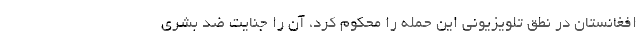
افغانستان در نطق تلویزیونی این حمله را محکوم کرد، آن را جنایت ضد بشری